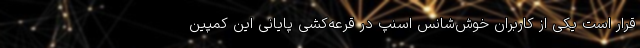
قرار است یکی از کاربران خوش‌شانس اسنپ در قرعه‌کشی پایانی این کمپین